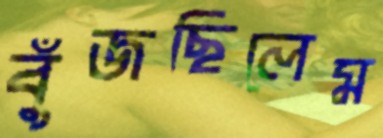
বুঁজছিলেম